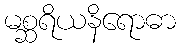
မစ္ဆရိယနိရောဓာ